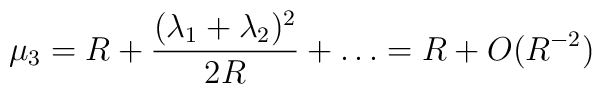
\mu_3= R + \frac{(\lambda_1 +\lambda_2)^2}{2R} + \ldots = R + O (R^{-2})